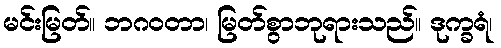
မင်းမြတ်။ ဘဂဝတာ၊ မြတ်စွာဘုရားသည်။ ဒုက္ခရံ၊